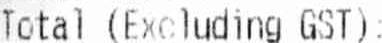
TOTAL (EXCLUDING GST):